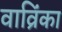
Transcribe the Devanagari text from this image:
वाव्रिंका